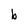
Character: b